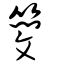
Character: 簢